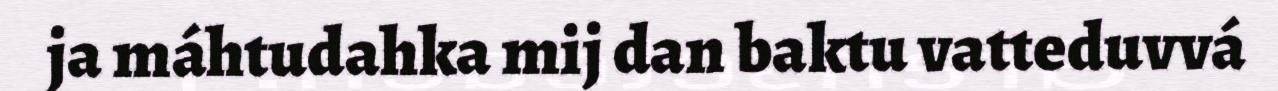
ja máhtudahka mij dan baktu vatteduvvá